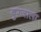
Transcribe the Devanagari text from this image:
बुरजाला